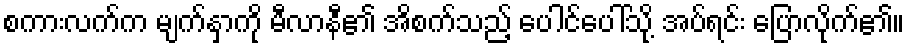
စကားလက်က မျက်နှာကို မီလာနီ၏ အိစက်သည့် ပေါင်ပေါ်သို့ အပ်ရင်း ပြောလိုက်၏။